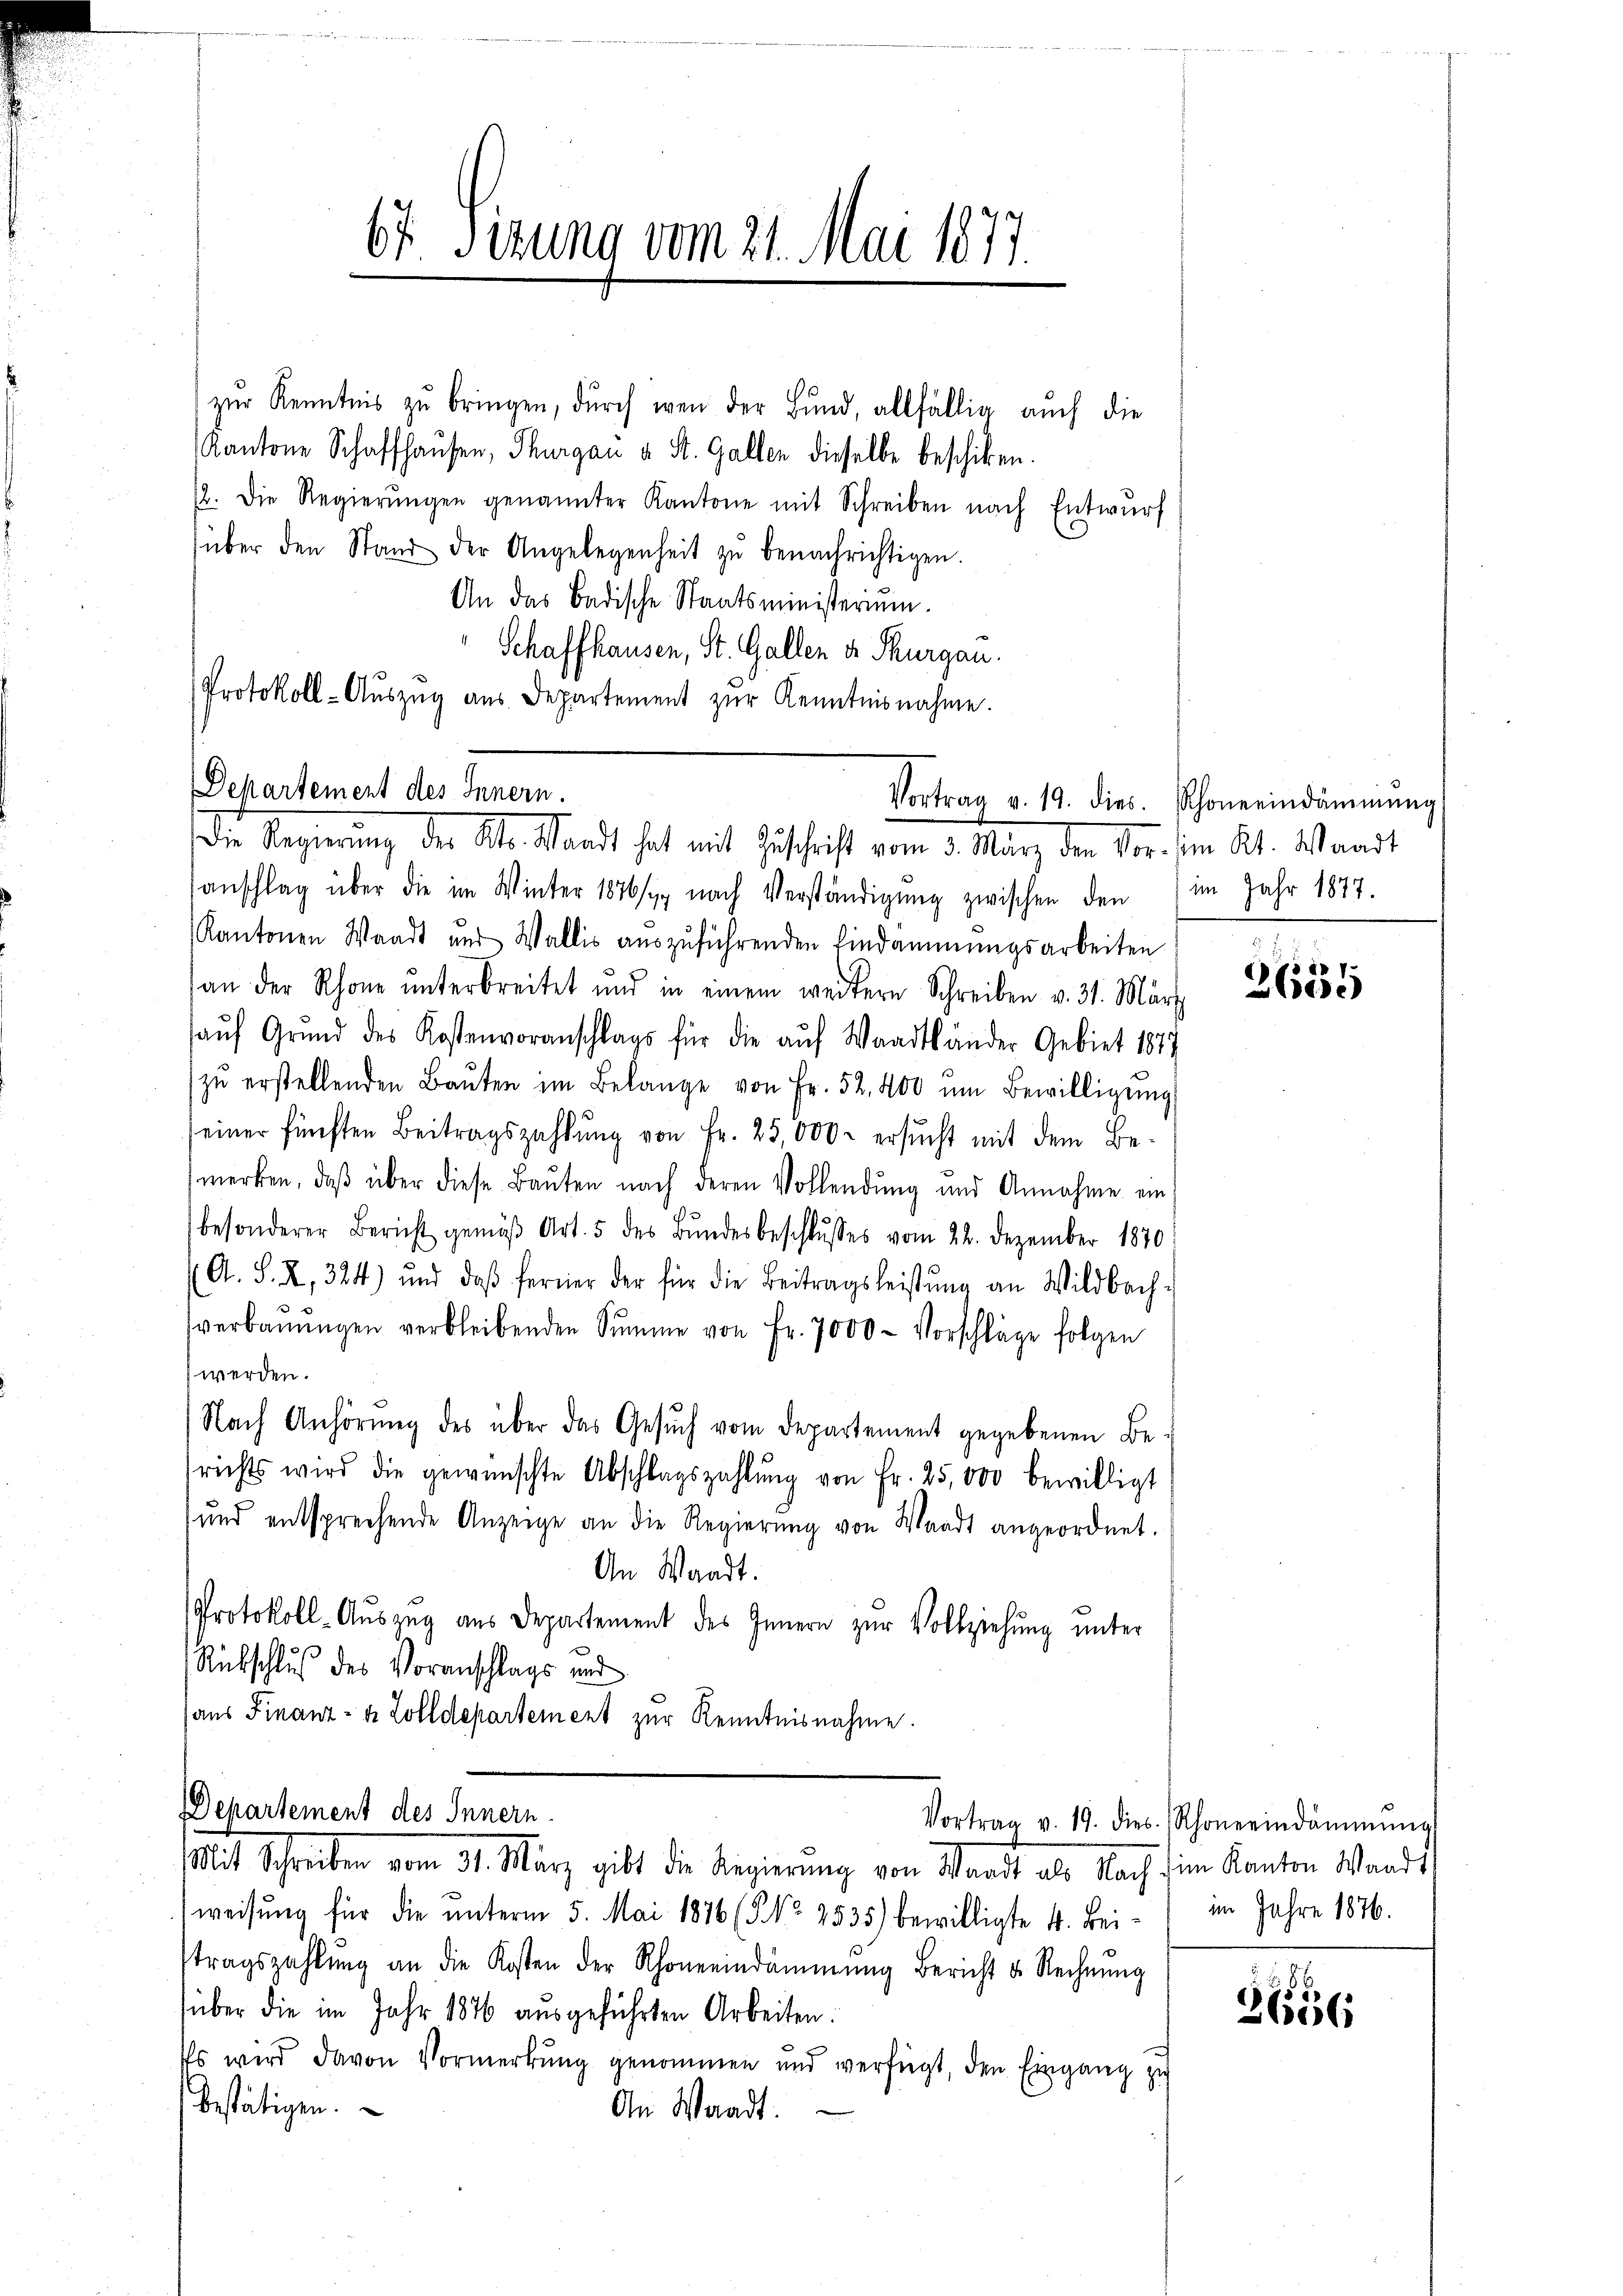
67. Sizung vom 21. Mai 1877.

zŭr Kenntnis zŭ bringen, dŭrch wen der Bund, allfällig auch die
Kantone Schaffhausen, Thurgau u. St. Gallen dieselbe beschiken.
12. Die Regierŭngen genannter Kantone mit Schreiben nach Entwurf
über den Stand der Angelegenheit zŭ benachrichtigen.
An das Badische Staatsministerium.
" Schaffhausen, St. Gallen d. Thurgau.
Protokoll-Aŭszŭg aŭs Departement zŭr Kenntnisnahme.

Departement des Innern.
Vortrag v. 19. dies. Rhonerindämmŭng
Die Regierung der Abl. Standt hat mit Zuschrift vom 3. März den Vor den Kt. Waadt

Departement des Innern
Mit Schreiben vom 31. März gibt die Regierung von Waadt als Nach für Kanton Wands

anschlag über die im Winter 1876/7 nach Verständigŭng zwischen den (im Jahr 1877.
Kantonen Waadt und Wallis auszuführenden Eindammungsarbeiten
an der Rhone ŭnterbreitet und in einem weitere Schreiben v. 31. März
aŭf Grund des Kostenvoranschlags für die auf Waadtländer Gebiet 1877
zŭ erstellenden Baŭten im Belange von Fr. 52,400 ŭm Bewilligŭng
seiner fünften Beitragszahlŭng von Fr. 25,000. ersŭcht mit dem Be-
merken, daβ über diese Baŭten nach deren Vollendŭng und Annahme ein
besonderer Bericht gemäβ Art. 5 des Bŭndesbeschlŭsses vom 22. Dezember 1870:
A. S. 2, 324) und daβ ferner der für die Beitragsleistŭng an Wildbach-
sverbaŭŭngen verbleibenden Summe von Fr. 7000 - Vorschläge folgen
werden.
Nach Anhörung des über das Gesŭch vom Departement gegebenen Be-
richts wird die gewünschte Abschlagszahlŭng von Fr. 25,000 bewilligt
und entsprechende Anzeige an die Regierŭng von Waadt angeordnet.
An Waadt.
Protokoll-Auszug aus Departement des Innern zur Vollziehung unter
Rückschluß des Voranschlags und
aus Finanz- u. Zolldepartement zur Kenntnisnahme.

weisŭng für die ŭnterm 5. Mai 1876 (5 No 2535) bewilligte 4. Bei-
stragszahlŭng an die Kosten der Rhonerindammŭng Bericht u. Rechnŭng
über die im Jahr 1876 aŭsgeführten Arbeiten:
Es wird davon Vormerkŭng genommen und verfügt, den Eingang zu
bestätigen.
An Waadt.

d
26se

Vortrag v. 19. dies Rhonerindämmŭng
im Jahre 1876.

3656